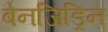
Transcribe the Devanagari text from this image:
बेनजिड्रिन